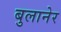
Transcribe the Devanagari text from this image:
बुलानेर